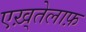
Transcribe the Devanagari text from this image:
एख़्तेलाफ़